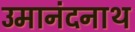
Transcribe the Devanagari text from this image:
उमानंदनाथ